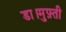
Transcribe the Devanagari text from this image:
डा।मुफ़्ती